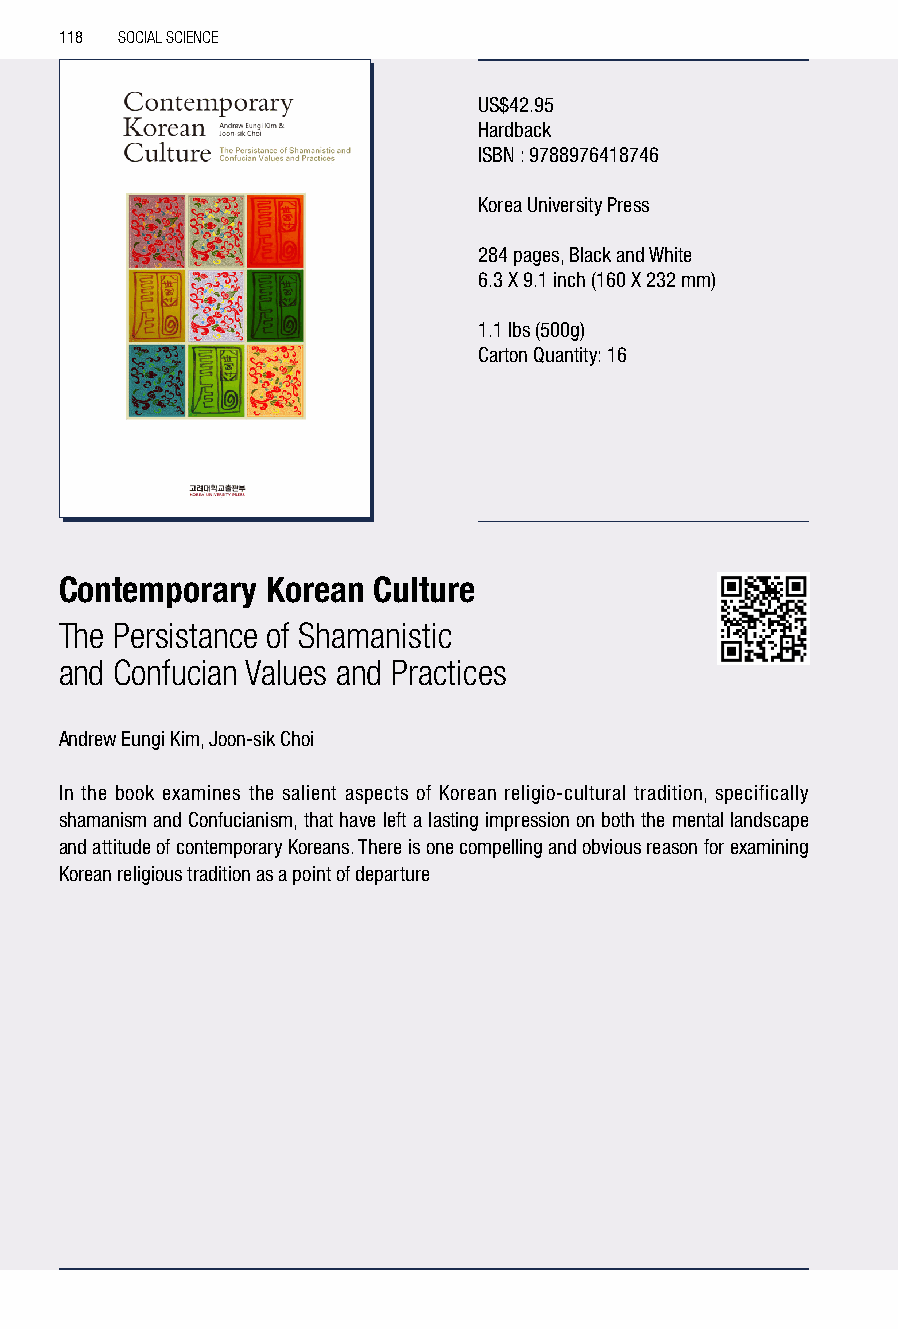
118 SOCIAL SCIENCE
 US$42.95
 Hardback
 ISBN : 9788976418746
 Korea University Press
 284 pages, Black and White
 6.3 X 9.1 inch (160 X 232 mm)
 1.1 lbs (500g)
 Carton Quantity: 16
 Contemporary  Korean Culture
 The Persistance of Shamanistic
 and Confucian Values and Practices
 Andrew Eungi Kim, Joon-sik Choi
 In the book examines the salient aspects of Korean religio-cultural tradition, specifically
 shamanism and Confucianism, that have left a lasting impression on both the mental landscape
 and attitude of contemporary Koreans. There is one compelling and obvious reason for examining
 Korean religious tradition as a point of departure